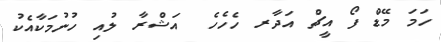
ހަމަ މޭޑް ފޯ އީޗް އަދާރ ހެހެހެ  އަޝްރާ ލުއި ހުނުމަކާއެކު